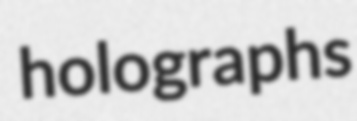
holographs